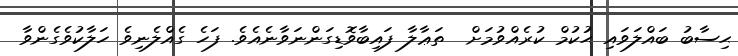
ޙިސާބު ބައްލަވައި ޙުކުމް ކުރެއްވުމަށް  ތަޢާލާ ފައިބާވޮޑިގަންނަވާނެއެވެ. ފަހެ ގެއްލެނިވެ ހަލާކުވެގެންވާ